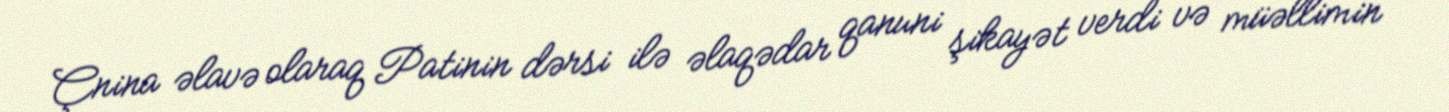
Çnina əlavə olaraq Patinin dərsi ilə əlaqədar qanuni şikayət verdi və müəllimin